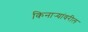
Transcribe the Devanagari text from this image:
किनार्‍यांवरील